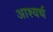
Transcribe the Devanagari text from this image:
आश्यर्च